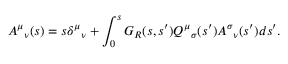
A ^ { \mu } { } _ { \nu } ( s ) = s \delta ^ { \mu } { } _ { \nu } + \int _ { 0 } ^ { s } G _ { R } ( s , s ^ { \prime } ) Q ^ { \mu } { } _ { \sigma } ( s ^ { \prime } ) A ^ { \sigma } { } _ { \nu } ( s ^ { \prime } ) d s ^ { \prime } .